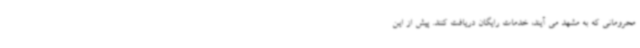
محرومانی که به مشهد می آیند، خدمات رایگان دریافت کنند. پیش از این